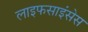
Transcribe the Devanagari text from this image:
लाइफसाइंसेस